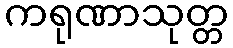
ကရုဏာသုတ္တ